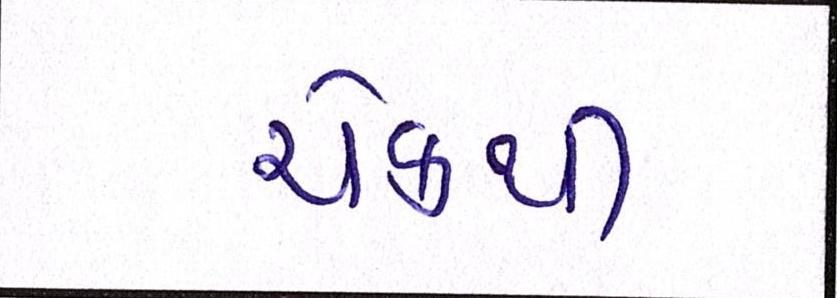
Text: ચેકથી